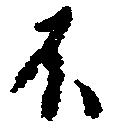
不